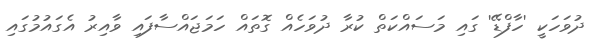
ދުވަހަކީ 'ހާފްޑޭ' ގައި މަސައްކަތް ކުރާ ދުވަހެއް ގޮތައް ހަމަޖައްސާފައި ވާއިރު އެގައުމުގައި